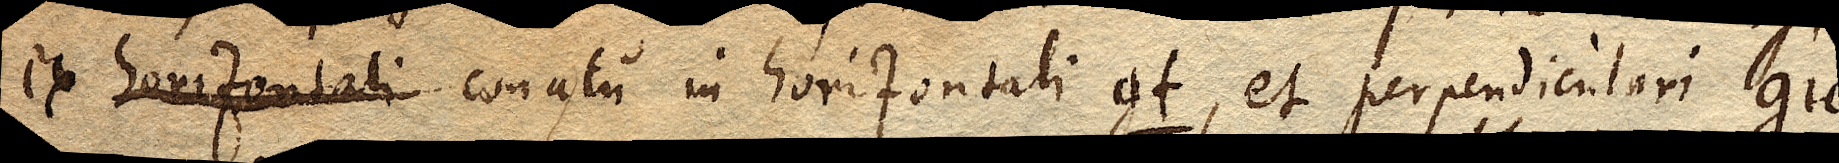
ex horizontali conatu in horizontali gt, et perpendiculari gu